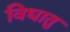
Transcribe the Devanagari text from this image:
विधातु